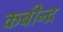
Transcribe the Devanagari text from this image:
कबीन्द्र